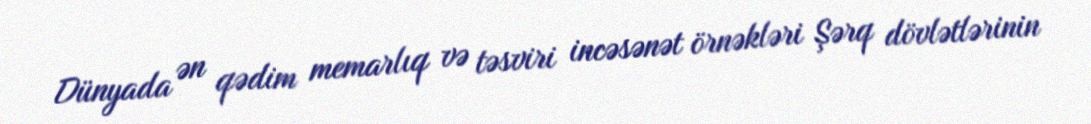
Dünyada ən qədim memarlıq və təsviri incəsənət örnəkləri Şərq dövlətlərinin